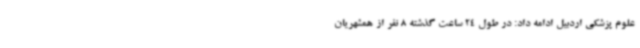
علوم پزشکی اردبیل ادامه داد: در طول 24 ساعت گذشته 8 نفر از همشهریان